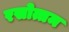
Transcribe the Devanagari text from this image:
रसोत्तम